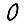
Digit: 0